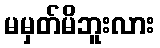
မမှတ်မိဘူးလား